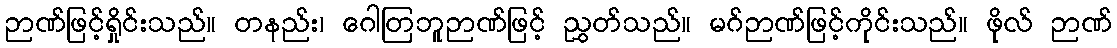
ဉာဏ်ဖြင့်ရှိုင်းသည်။ တနည်း၊ ဂေါတြဘူဉာဏ်ဖြင့် ညွှတ်သည်။ မဂ်ဉာဏ်ဖြင့်ကိုင်းသည်။ ဖိုလ် ဉာဏ်